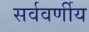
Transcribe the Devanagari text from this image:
सर्ववर्णीय